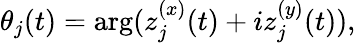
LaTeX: \begin{array}{r}{\theta_{j}(t)=\textrm{arg}(z_{j}^{(x)}(t)+iz_{j}^{(y)}(t)),}\end{array}